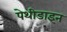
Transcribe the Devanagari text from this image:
पेथीडाइन